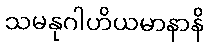
သမနုဂါဟိယမာနာနိ